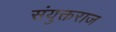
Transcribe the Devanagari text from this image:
संयुक्तराज